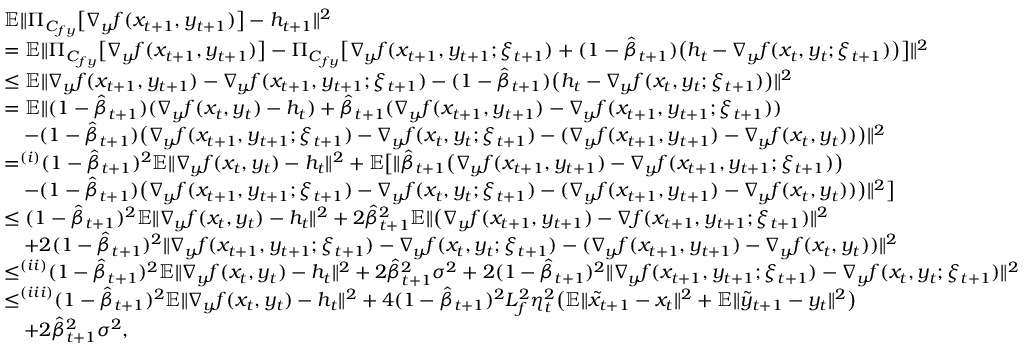
\begin{array} { r l } & { \mathbb { E } \| \Pi _ { C _ { f y } } \big [ \nabla _ { y } f ( x _ { t + 1 } , y _ { t + 1 } ) \big ] - h _ { t + 1 } \| ^ { 2 } } \\ & { = \mathbb { E } \| \Pi _ { C _ { f y } } \big [ \nabla _ { y } f ( x _ { t + 1 } , y _ { t + 1 } ) \big ] - \Pi _ { C _ { f y } } \big [ \nabla _ { y } f ( x _ { t + 1 } , y _ { t + 1 } ; \xi _ { t + 1 } ) + ( 1 - \hat { \beta } _ { t + 1 } ) \big ( h _ { t } - \nabla _ { y } f ( x _ { t } , y _ { t } ; \xi _ { t + 1 } ) \big ) \big ] \| ^ { 2 } } \\ & { \leq \mathbb { E } \| \nabla _ { y } f ( x _ { t + 1 } , y _ { t + 1 } ) - \nabla _ { y } f ( x _ { t + 1 } , y _ { t + 1 } ; \xi _ { t + 1 } ) - ( 1 - \hat { \beta } _ { t + 1 } ) \big ( h _ { t } - \nabla _ { y } f ( x _ { t } , y _ { t } ; \xi _ { t + 1 } ) \big ) \| ^ { 2 } } \\ & { = \mathbb { E } \| ( 1 - \hat { \beta } _ { t + 1 } ) ( \nabla _ { y } f ( x _ { t } , y _ { t } ) - h _ { t } ) + \hat { \beta } _ { t + 1 } ( \nabla _ { y } f ( x _ { t + 1 } , y _ { t + 1 } ) - \nabla _ { y } f ( x _ { t + 1 } , y _ { t + 1 } ; \xi _ { t + 1 } ) ) } \\ & { \quad - ( 1 - \hat { \beta } _ { t + 1 } ) \big ( \nabla _ { y } f ( x _ { t + 1 } , y _ { t + 1 } ; \xi _ { t + 1 } ) - \nabla _ { y } f ( x _ { t } , y _ { t } ; \xi _ { t + 1 } ) - ( \nabla _ { y } f ( x _ { t + 1 } , y _ { t + 1 } ) - \nabla _ { y } f ( x _ { t } , y _ { t } ) ) \big ) \| ^ { 2 } } \\ & { \mathop { = } ^ { ( i ) } ( 1 - \hat { \beta } _ { t + 1 } ) ^ { 2 } \mathbb { E } \| \nabla _ { y } f ( x _ { t } , y _ { t } ) - h _ { t } \| ^ { 2 } + \mathbb { E } \big [ \| \hat { \beta } _ { t + 1 } \big ( \nabla _ { y } f ( x _ { t + 1 } , y _ { t + 1 } ) - \nabla _ { y } f ( x _ { t + 1 } , y _ { t + 1 } ; \xi _ { t + 1 } ) \big ) } \\ & { \quad - ( 1 - \hat { \beta } _ { t + 1 } ) \big ( \nabla _ { y } f ( x _ { t + 1 } , y _ { t + 1 } ; \xi _ { t + 1 } ) - \nabla _ { y } f ( x _ { t } , y _ { t } ; \xi _ { t + 1 } ) - ( \nabla _ { y } f ( x _ { t + 1 } , y _ { t + 1 } ) - \nabla _ { y } f ( x _ { t } , y _ { t } ) ) \big ) \| ^ { 2 } \big ] } \\ & { \leq ( 1 - \hat { \beta } _ { t + 1 } ) ^ { 2 } \mathbb { E } \| \nabla _ { y } f ( x _ { t } , y _ { t } ) - h _ { t } \| ^ { 2 } + 2 \hat { \beta } _ { t + 1 } ^ { 2 } \mathbb { E } \| \big ( \nabla _ { y } f ( x _ { t + 1 } , y _ { t + 1 } ) - \nabla f ( x _ { t + 1 } , y _ { t + 1 } ; \xi _ { t + 1 } ) \| ^ { 2 } } \\ & { \quad + 2 ( 1 - \hat { \beta } _ { t + 1 } ) ^ { 2 } \| \nabla _ { y } f ( x _ { t + 1 } , y _ { t + 1 } ; \xi _ { t + 1 } ) - \nabla _ { y } f ( x _ { t } , y _ { t } ; \xi _ { t + 1 } ) - ( \nabla _ { y } f ( x _ { t + 1 } , y _ { t + 1 } ) - \nabla _ { y } f ( x _ { t } , y _ { t } ) ) \| ^ { 2 } } \\ & { \mathop { \leq } ^ { ( i i ) } ( 1 - \hat { \beta } _ { t + 1 } ) ^ { 2 } \mathbb { E } \| \nabla _ { y } f ( x _ { t } , y _ { t } ) - h _ { t } \| ^ { 2 } + 2 \hat { \beta } _ { t + 1 } ^ { 2 } \sigma ^ { 2 } + 2 ( 1 - \hat { \beta } _ { t + 1 } ) ^ { 2 } \| \nabla _ { y } f ( x _ { t + 1 } , y _ { t + 1 } ; \xi _ { t + 1 } ) - \nabla _ { y } f ( x _ { t } , y _ { t } ; \xi _ { t + 1 } ) \| ^ { 2 } } \\ & { \mathop { \leq } ^ { ( i i i ) } ( 1 - \hat { \beta } _ { t + 1 } ) ^ { 2 } \mathbb { E } \| \nabla _ { y } f ( x _ { t } , y _ { t } ) - h _ { t } \| ^ { 2 } + 4 ( 1 - \hat { \beta } _ { t + 1 } ) ^ { 2 } L _ { f } ^ { 2 } \eta _ { t } ^ { 2 } \big ( \mathbb { E } \| \tilde { x } _ { t + 1 } - x _ { t } \| ^ { 2 } + \mathbb { E } \| \tilde { y } _ { t + 1 } - y _ { t } \| ^ { 2 } \big ) } \\ & { \quad + 2 \hat { \beta } _ { t + 1 } ^ { 2 } \sigma ^ { 2 } , } \end{array}